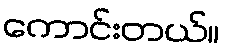
ကောင်းတယ်။